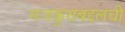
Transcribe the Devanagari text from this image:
मजकुराबद्दलची